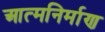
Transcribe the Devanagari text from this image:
आत्मनिर्माण